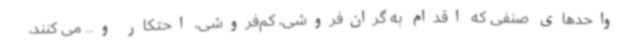
واحدهای صنفی که اقدام به گران‌فروشی، کم‌فروشی، احتکار و... می کنند،